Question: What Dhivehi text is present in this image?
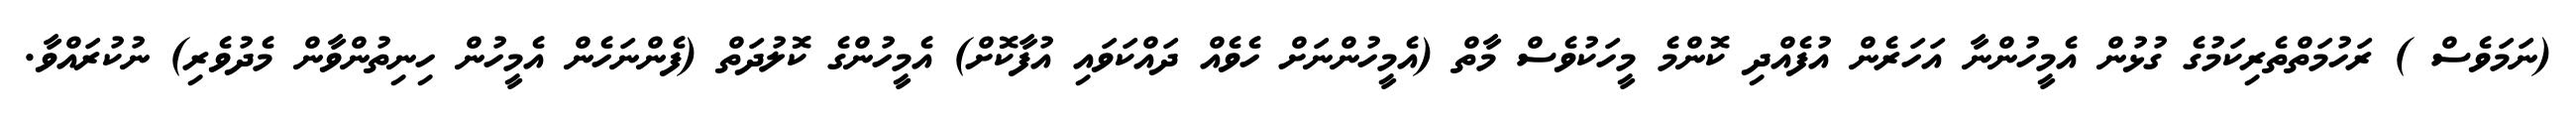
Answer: (ނަމަވެސް ) ރަހުމަތްތެރިކަމުގެ ގުޅުން އެމީހުންނާ އަހަރެން އުފެއްދި ކޮންމެ މީހަކުވެސް މާތް (އެމީހުންނަށް ހެވެއް ދައްކަވައި އުފާކޮށް) އެމީހުންގެ ކޮލުދަތް (ފެންނަހެން އެމީހުން ހިނިތުންވާން މެދުވެރި) ނުކުރައްވާ.